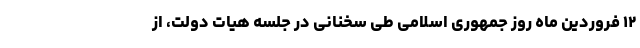
۱۲ فروردین ماه روز جمهوری اسلامی طی سخنانی در جلسه هیات دولت، از